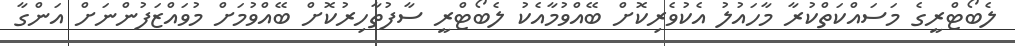
ލެބޯޓްރީގެ މަސައްކަތްކުރާ މާހައުލު އެކުވެރިކޮށް ބޭއްވުމާއެކު ލެބޯޓްރީ ސާފުތާހިރުކޮށް ބޭއްވުމަށް މުވައްޒަފުންނަށް އަންގާ